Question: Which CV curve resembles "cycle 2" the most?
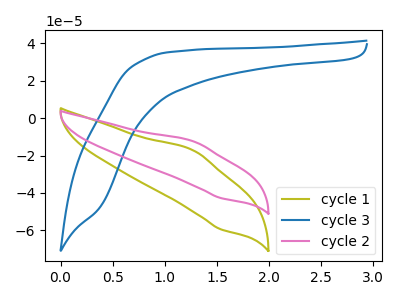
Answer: <think>The olive curve "cycle 1" has an anodic peak at (1.30V, -17.45uA) and a cathodic peak at (1.55V, -59.40uA). The blue curve "cycle 3" has no peaks. The pink curve "cycle 2" has an anodic peak at (1.30V, -12.55uA) and a cathodic peak at (1.55V, -42.70uA).
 "cycle 1" and "cycle 3" have a different number of peaks. All the peaks in "cycle 1" have a peak in "cycle 2" at the same potential. "cycle 3" and "cycle 2" have a different number of peaks.</think>
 <answer>The CV with the most similar shape to "cycle 1" is "cycle 2".</answer>
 <eval>"cycle 2"</eval>